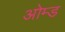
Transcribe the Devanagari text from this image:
ओम्ड